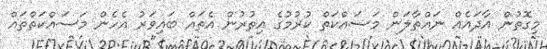
މިގޮތުން އާދައެއް ނައްތާލަން މަސައްކަތް ކުރުމުގެ އިތުރުން އެތައް ބައިވަރު އެހެން މަސައްކަތްތައް